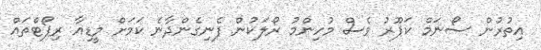
އިތުރުން ސޯނަމް ކަޕޫރު ވެސް މުހިންމު ރޯލަކުން ފެނިގެންދާނެ ކަމަށް މީޑިއާ ރިޕޯޓްތައް